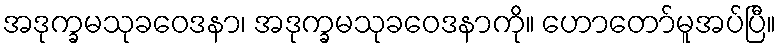
အဒုက္ခမသုခဝေဒနာ၊ အဒုက္ခမသုခဝေဒနာကို။ ဟောတော်မူအပ်ပြီ။